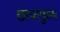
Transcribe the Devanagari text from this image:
छायापुरुष